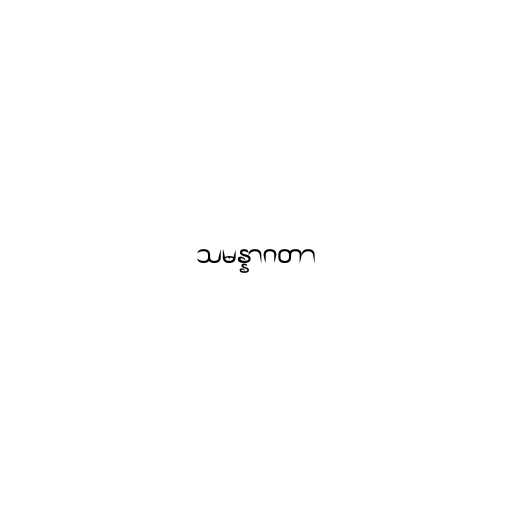
သမန္နာဂတာ